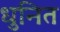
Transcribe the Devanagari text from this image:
धुनित